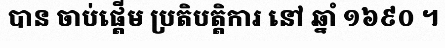
បាន ចាប់ផ្តើម ប្រតិបត្តិការ នៅ ឆ្នាំ ១៦៩០ ។